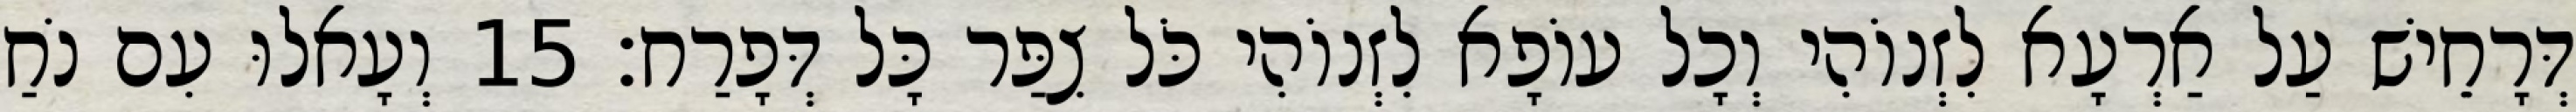
דְּרָחֵישׁ עַל אַרְעָא לִזְנוֹהִי וְכָל עוֹפָא לִזְנוֹהִי כֹּל צִפַּר כָּל דְּפָרַח׃ 15 וְעָאלוּ עִם נֹחַ